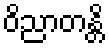
ဝိညာတန္တိ